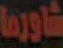
شاورما